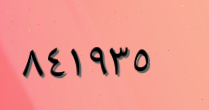
٨٤١٩٣٥